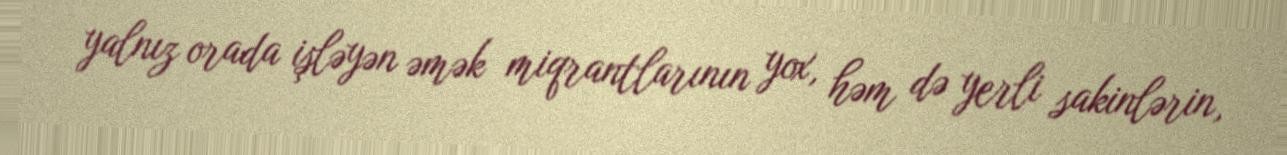
yalnız orada işləyən əmək miqrantlarının yox, həm də yerli sakinlərin,